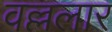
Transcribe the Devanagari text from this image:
वल्ललार